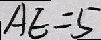
A E = 5